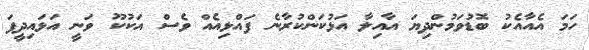
ހަމަ އެއާއެކު ބޮޑުވަމުންދިޔަ އާއިލާ އަޅުކަންކުރާނެ ފައްޅިއެއް ވެސް އަކުކޫ ވަނީ އަޅައިދީފަ